65_HS1-834228961_62-HQ-83894_Section_1
Agency: FBI
Page 104
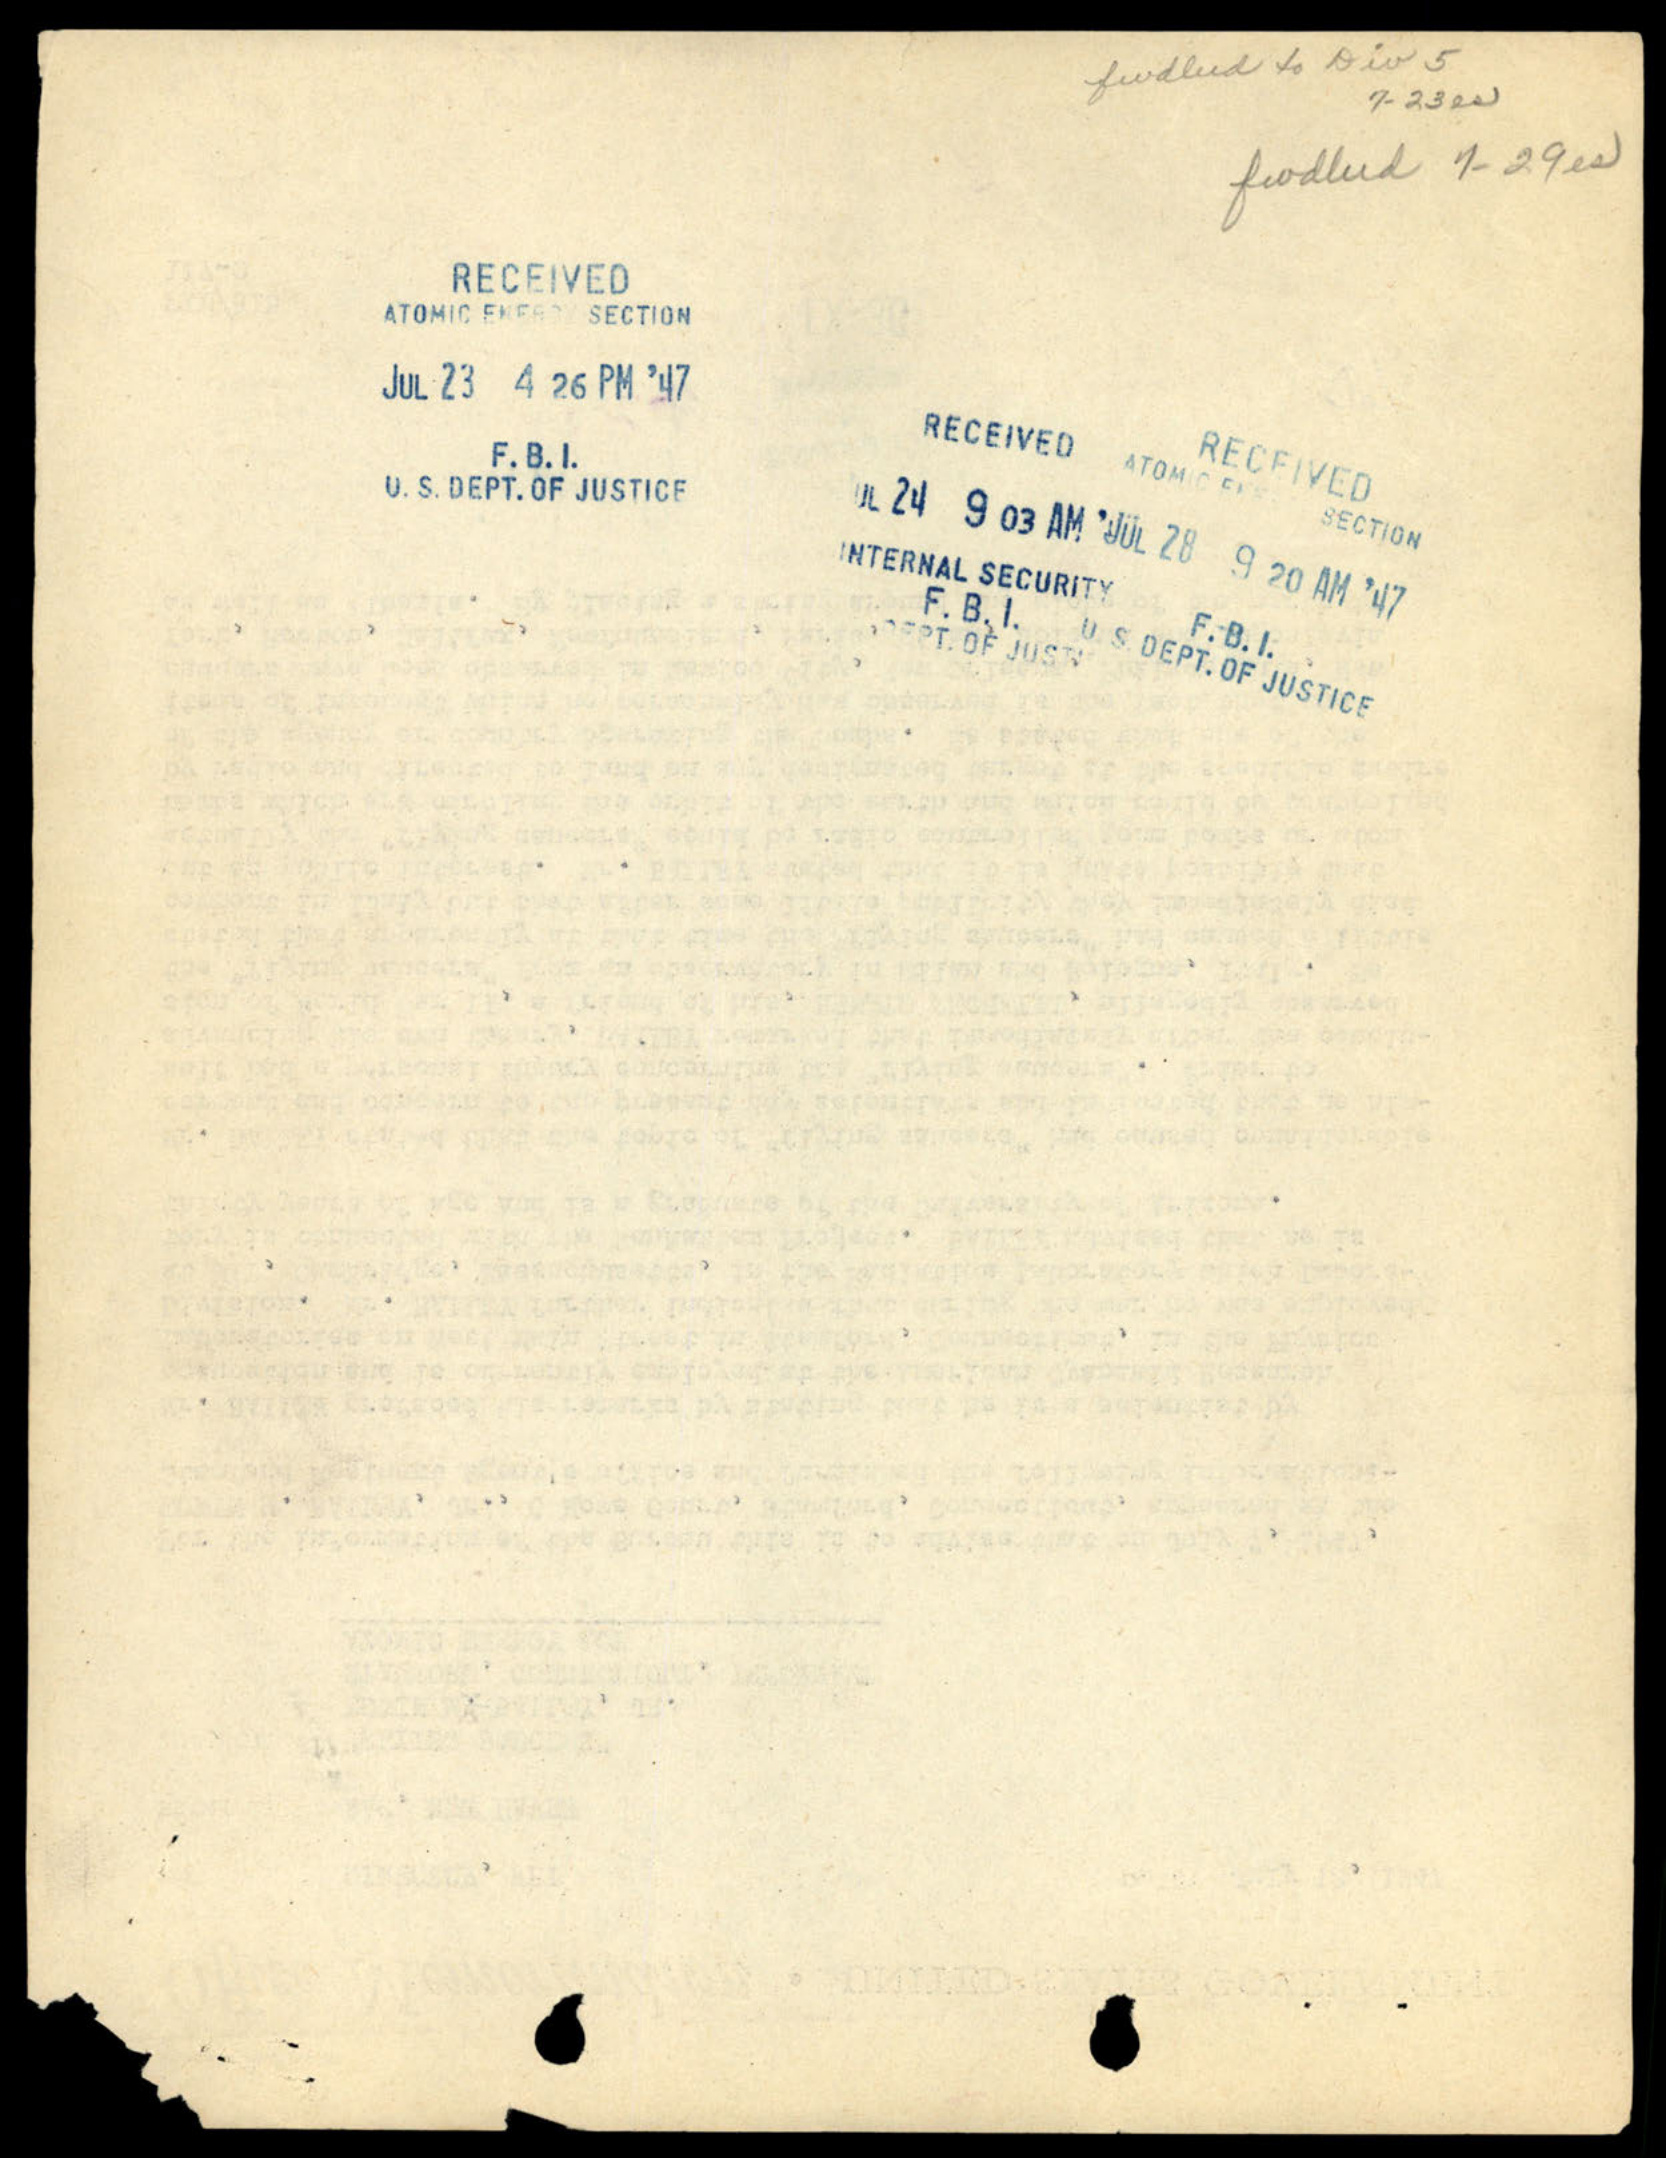